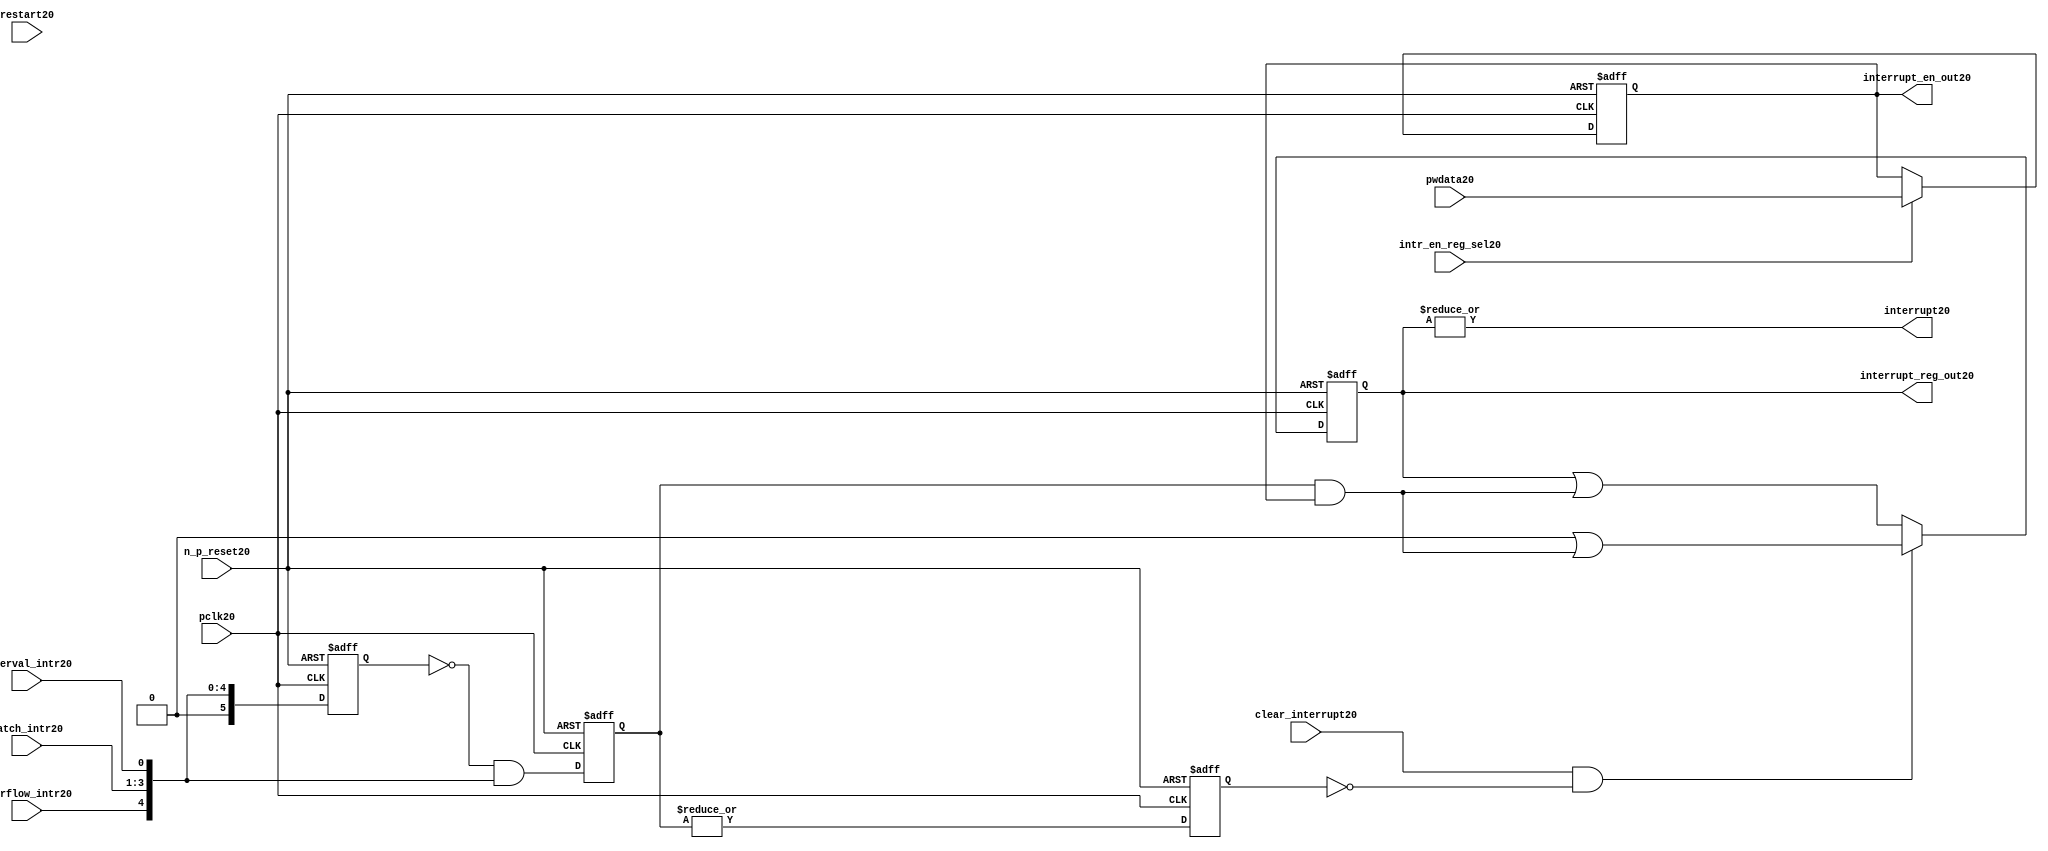
//File20 name   : ttc_interrupt_lite20.v
//Title20       : 
//Created20     : 1999
//Description20 : Interrupts20 from the counter modules20 are registered
//              and if enabled cause the output interrupt20 to go20 high20.
//              Also20 the match120 interrupts20 are monitored20 to generate output 
//Notes20       : 
//----------------------------------------------------------------------
//   Copyright20 1999-2010 Cadence20 Design20 Systems20, Inc20.
//   All Rights20 Reserved20 Worldwide20
//
//   Licensed20 under the Apache20 License20, Version20 2.0 (the
//   "License20"); you may not use this file except20 in
//   compliance20 with the License20.  You may obtain20 a copy of
//   the License20 at
//
//       http20://www20.apache20.org20/licenses20/LICENSE20-2.0
//
//   Unless20 required20 by applicable20 law20 or agreed20 to in
//   writing, software20 distributed20 under the License20 is
//   distributed20 on an "AS20 IS20" BASIS20, WITHOUT20 WARRANTIES20 OR20
//   CONDITIONS20 OF20 ANY20 KIND20, either20 express20 or implied20.  See
//   the License20 for the specific20 language20 governing20
//   permissions20 and limitations20 under the License20.
//----------------------------------------------------------------------
 


//-----------------------------------------------------------------------------
// Module20 definition20
//-----------------------------------------------------------------------------

module ttc_interrupt_lite20(

  //inputs20
  n_p_reset20,                             
  pwdata20,                             
  pclk20,
  intr_en_reg_sel20, 
  clear_interrupt20,                   
  interval_intr20,
  match_intr20,
  overflow_intr20,
  restart20,

  //outputs20
  interrupt20,
  interrupt_reg_out20,
  interrupt_en_out20
  
);


//-----------------------------------------------------------------------------
// PORT DECLARATIONS20
//-----------------------------------------------------------------------------

   //inputs20
   input         n_p_reset20;            //reset signal20
   input [5:0]   pwdata20;               //6 Bit20 Data signal20
   input         pclk20;                 //System20 clock20
   input         intr_en_reg_sel20;      //Interrupt20 Enable20 Reg20 Select20 signal20
   input         clear_interrupt20;      //Clear Interrupt20 Register signal20
   input         interval_intr20;        //Timer_Counter20 Interval20 Interrupt20
   input [3:1]   match_intr20;           //Timer_Counter20 Match20 1 Interrupt20 
   input         overflow_intr20;        //Timer_Counter20 Overflow20 Interrupt20 
   input         restart20;              //Counter20 restart20

   //Outputs20
   output        interrupt20;            //Interrupt20 Signal20 
   output [5:0]  interrupt_reg_out20;    //6 Bit20 Interrupt20 Register
   output [5:0]  interrupt_en_out20; //6 Bit20 Interrupt20 Enable20 Register


//-----------------------------------------------------------------------------
// Internal Signals20 & Registers20
//-----------------------------------------------------------------------------

   wire [5:0]   intr_detect20;          //Interrupts20 from the Timer_Counter20
   reg [5:0]    int_sync_reg20;         //6-bit 1st cycle sync register
   reg [5:0]    int_cycle_reg20;        //6-bit register ensuring20 each interrupt20 
                                      //only read once20
   reg [5:0]    interrupt_reg20;        //6-bit interrupt20 register        
   reg [5:0]    interrupt_en_reg20; //6-bit interrupt20 enable register
   

   reg          interrupt_set20;        //Prevents20 unread20 interrupt20 being cleared20
   
   wire         interrupt20;            //Interrupt20 output
   wire [5:0]   interrupt_reg_out20;    //Interrupt20 register output
   wire [5:0]   interrupt_en_out20; //Interrupt20 enable output


   assign interrupt20              = |(interrupt_reg20);
   assign interrupt_reg_out20      = interrupt_reg20;
   assign interrupt_en_out20       = interrupt_en_reg20;
   
   assign intr_detect20 = {1'b0,
                         overflow_intr20,  
                         match_intr20[3],  
                         match_intr20[2], 
                         match_intr20[1], 
                         interval_intr20};

   

// Setting interrupt20 registers
   
   always @ (posedge pclk20 or negedge n_p_reset20)
   begin: p_intr_reg_ctrl20
      
      if (!n_p_reset20)
      begin
         int_sync_reg20         <= 6'b000000;
         interrupt_reg20        <= 6'b000000;
         int_cycle_reg20        <= 6'b000000;
         interrupt_set20        <= 1'b0;
      end
      else 
      begin

         int_sync_reg20    <= intr_detect20;
         int_cycle_reg20   <= ~int_sync_reg20 & intr_detect20;

         interrupt_set20   <= |int_cycle_reg20;
          
         if (clear_interrupt20 & ~interrupt_set20)
            interrupt_reg20 <= (6'b000000 | (int_cycle_reg20 & interrupt_en_reg20));
         else 
            interrupt_reg20 <= (interrupt_reg20 | (int_cycle_reg20 & 
                                               interrupt_en_reg20));
      end 
      
   end  //p_intr_reg_ctrl20


// Setting interrupt20 enable register
   
   always @ (posedge pclk20 or negedge n_p_reset20)
   begin: p_intr_en_reg20
      
      if (!n_p_reset20)
      begin
         interrupt_en_reg20 <= 6'b000000;
      end
      else 
      begin

         if (intr_en_reg_sel20)
            interrupt_en_reg20 <= pwdata20[5:0];
         else
            interrupt_en_reg20 <= interrupt_en_reg20;

      end 
      
   end  
           


endmodule